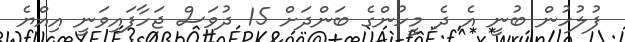
ފުލުހުން ބުނީ އެ ދެ މީހުންގެ ބަންދަށް 15 ދުވަސް ޖަހާފައިވަނީ އިއްޔެ